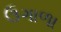
ઉગાળા